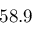
5 8 . 9